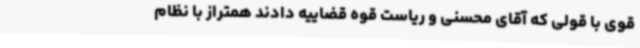
قوی با قولی که آقای محسنی و ریاست قوه قضاییه دادند همتراز با نظام